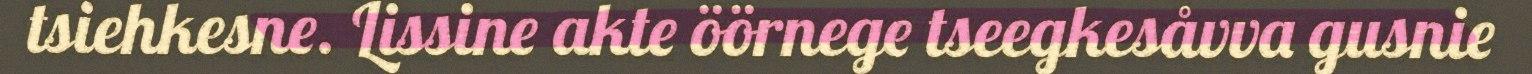
tsiehkesne. Lissine akte öörnege tseegkesåvva gusnie